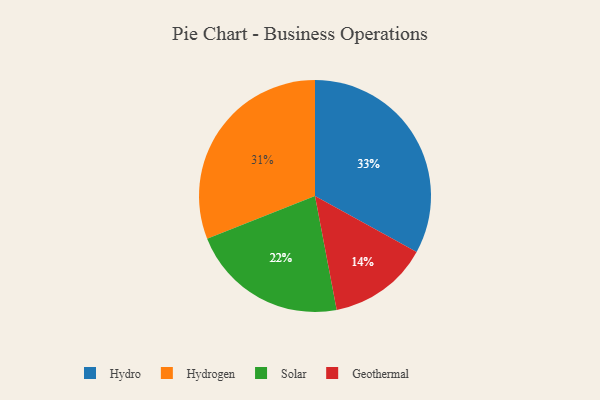
{"axis": {"x": "Category", "y": "Percentage"}, "legend": ["Geothermal", "Hydro", "Hydrogen", "Solar"], "data": [{"x": "Solar", "y": 22, "type": "Solar"}, {"x": "Hydro", "y": 33, "type": "Hydro"}, {"x": "Geothermal", "y": 14, "type": "Geothermal"}, {"x": "Hydrogen", "y": 31, "type": "Hydrogen"}]}